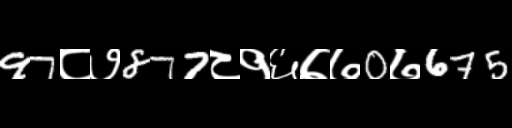
Text: 97८७877८१६७७0७675